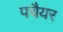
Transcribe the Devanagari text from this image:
पचैयर